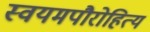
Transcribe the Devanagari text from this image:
स्वयमपौरोहित्य